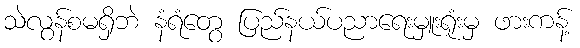
သဲလွန်စမရှိဘဲ နံရံတွေ ပြည်နယ်ပညာရေးမှူးရုံးမှ ဖားကန့်